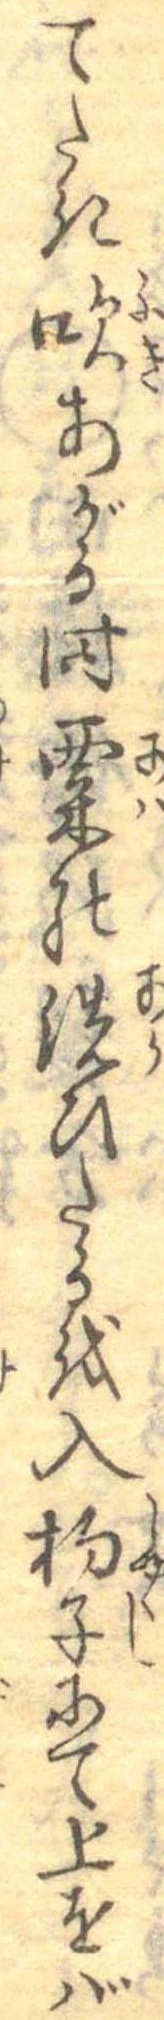
てたき吹あがる時粟の洗ひたるを入杓子にて上をば